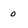
Character: 0